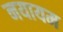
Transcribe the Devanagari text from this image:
नयायम